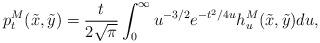
LaTeX: \begin{align*}p_{t}^{M}(\tilde{x},\tilde{y})=\frac{t}{2\sqrt{\pi }}\int_{0}^{\infty}u^{-3/2}e^{-t^{2}/4u}h_{u}^{M}(\tilde{x},\tilde{y})du,\end{align*}